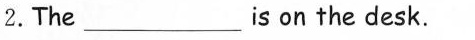
2.The___ is on the desk.